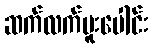
ဆက်လက်ပူးပေါင်း